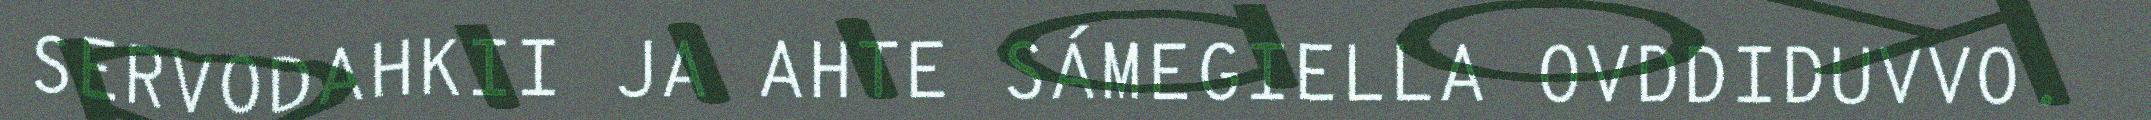
SERVODAHKII JA AHTE SÁMEGIELLA OVDDIDUVVO.